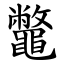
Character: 鼈